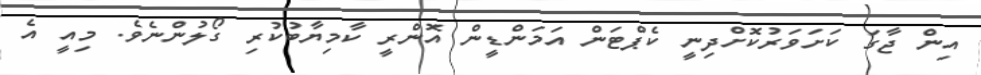
އިން ޖާގަ ކަށަވަރުކޮށްދިނީ ކެޕްޓަން އަމަންޑީން އޮންރީ ކާމިޔާބުކުރި ގޯލުންނެވެ. މިއީ އެ